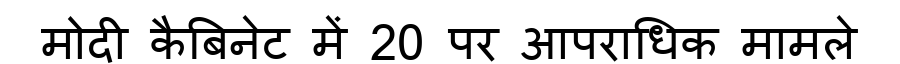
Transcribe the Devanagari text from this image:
मोदी कैबिनेट में 20 पर आपराधिक मामले